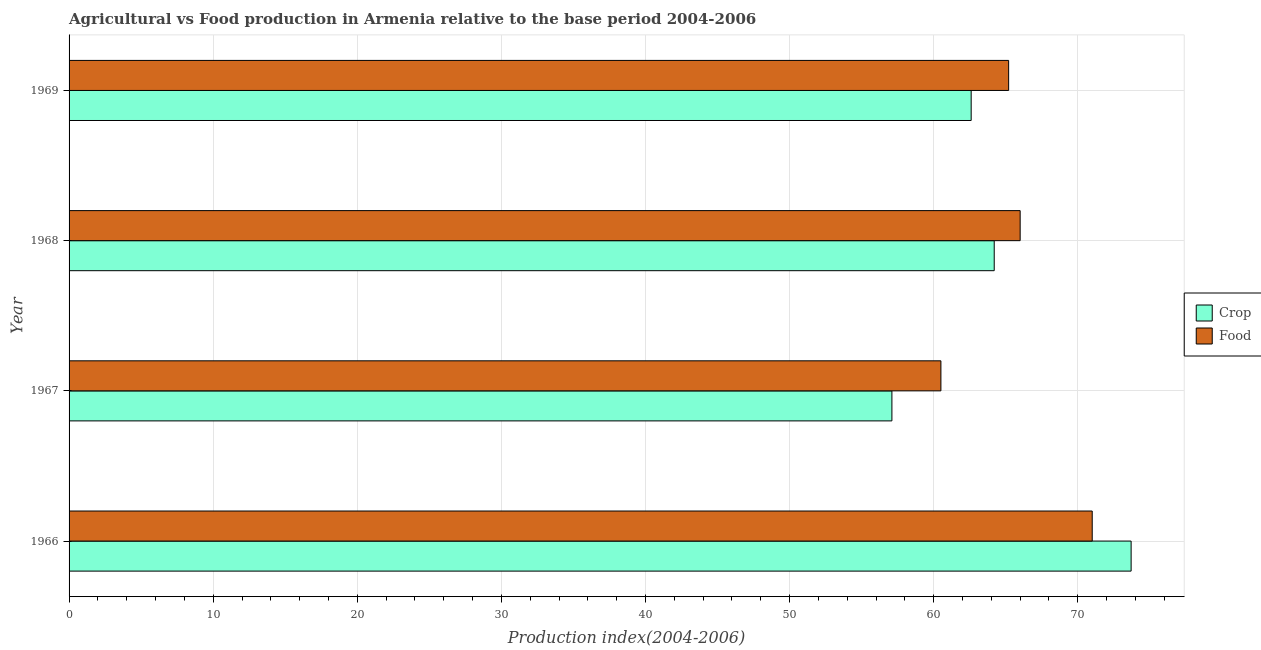
| Year | Crop | Food |
 | --- | --- | --- |
 | 1966 | 73.7 | 71 |
 | 1967 | 57.1 | 60.5 |
 | 1968 | 64.2 | 66 |
 | 1969 | 62.6 | 65.2 |